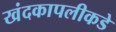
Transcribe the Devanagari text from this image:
खंदकापलीकडे